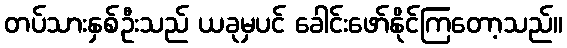
တပ်သားနှစ်ဦးသည် ယခုမှပင် ခေါင်းဖော်နိုင်ကြတော့သည်။